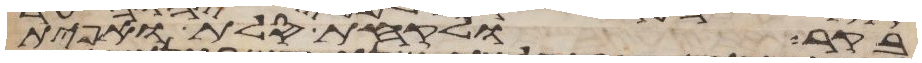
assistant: בקר ולקחת סלת ואפית